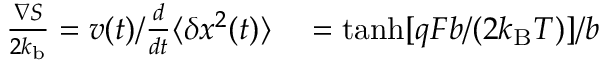
\begin{array} { r l } { \frac { \nabla S } { 2 k _ { \mathrm { b } } } = v ( t ) / \frac { d } { d t } \langle \delta x ^ { 2 } ( t ) \rangle } & { { } = \operatorname { t a n h } [ q F b / ( 2 k _ { \mathrm { B } } T ) ] / b } \end{array}